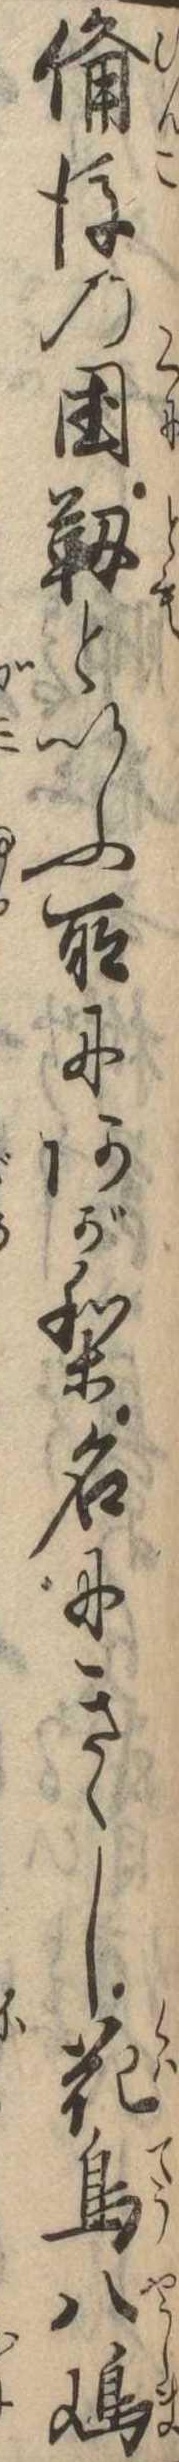
備後の国靭といふ所にあがり名にきゝし花鳥八島